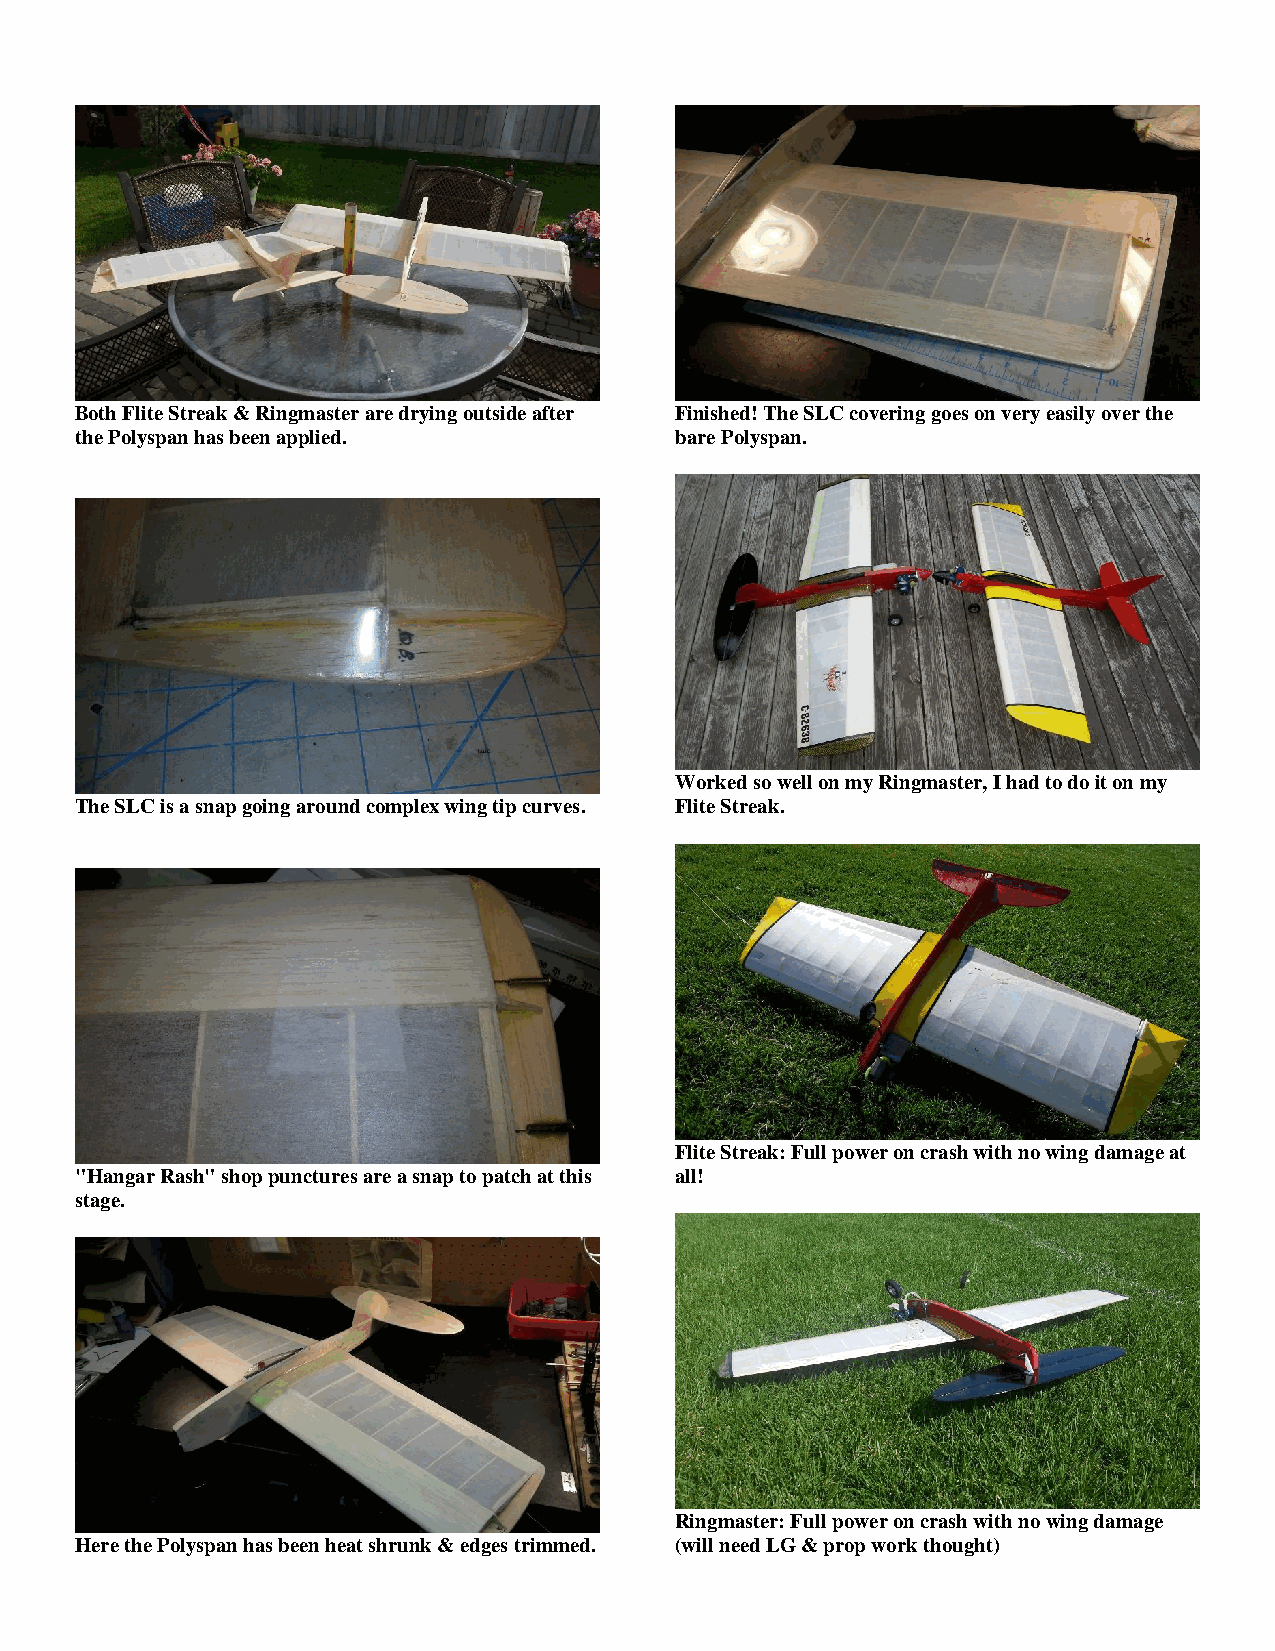
Both Flite Streak & Ringmaster are drying outside after Finished! The SLC covering goes on very easily over the
 the Polyspan has been applied.          bare Polyspan.
 Worked so well on my Ringmaster, I had to do it on my
 The SLC is a snap going around complex wing tip curves. Flite Streak.
 Flite Streak: Full power on crash with no wing damage at
 "Hangar Rash" shop punctures are a snap to patch at this all!
 stage.
 Ringmaster: Full power on crash with no wing damage
 Here the Polyspan has been heat shrunk & edges trimmed. (will need LG & prop work thought)